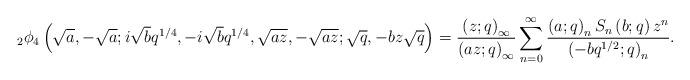
LaTeX: \begin{align*}_{2}\phi_{4}\left(\sqrt{a},-\sqrt{a};i\sqrt{b}q^{1/4},-i\sqrt{b}q^{1/4},\sqrt{az},-\sqrt{az};\sqrt{q},-bz\sqrt{q}\right)=\frac{\left(z;q\right)_{\infty}}{\left(az;q\right)_{\infty}}\sum_{n=0}^{\infty}\frac{\left(a;q\right)_{n}S_{n}\left(b;q\right)z^{n}}{\left(-bq^{1/2};q\right)_{n}}.\end{align*}